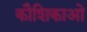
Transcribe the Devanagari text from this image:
कौशिकाओ